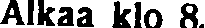
Alkaa klo 8.